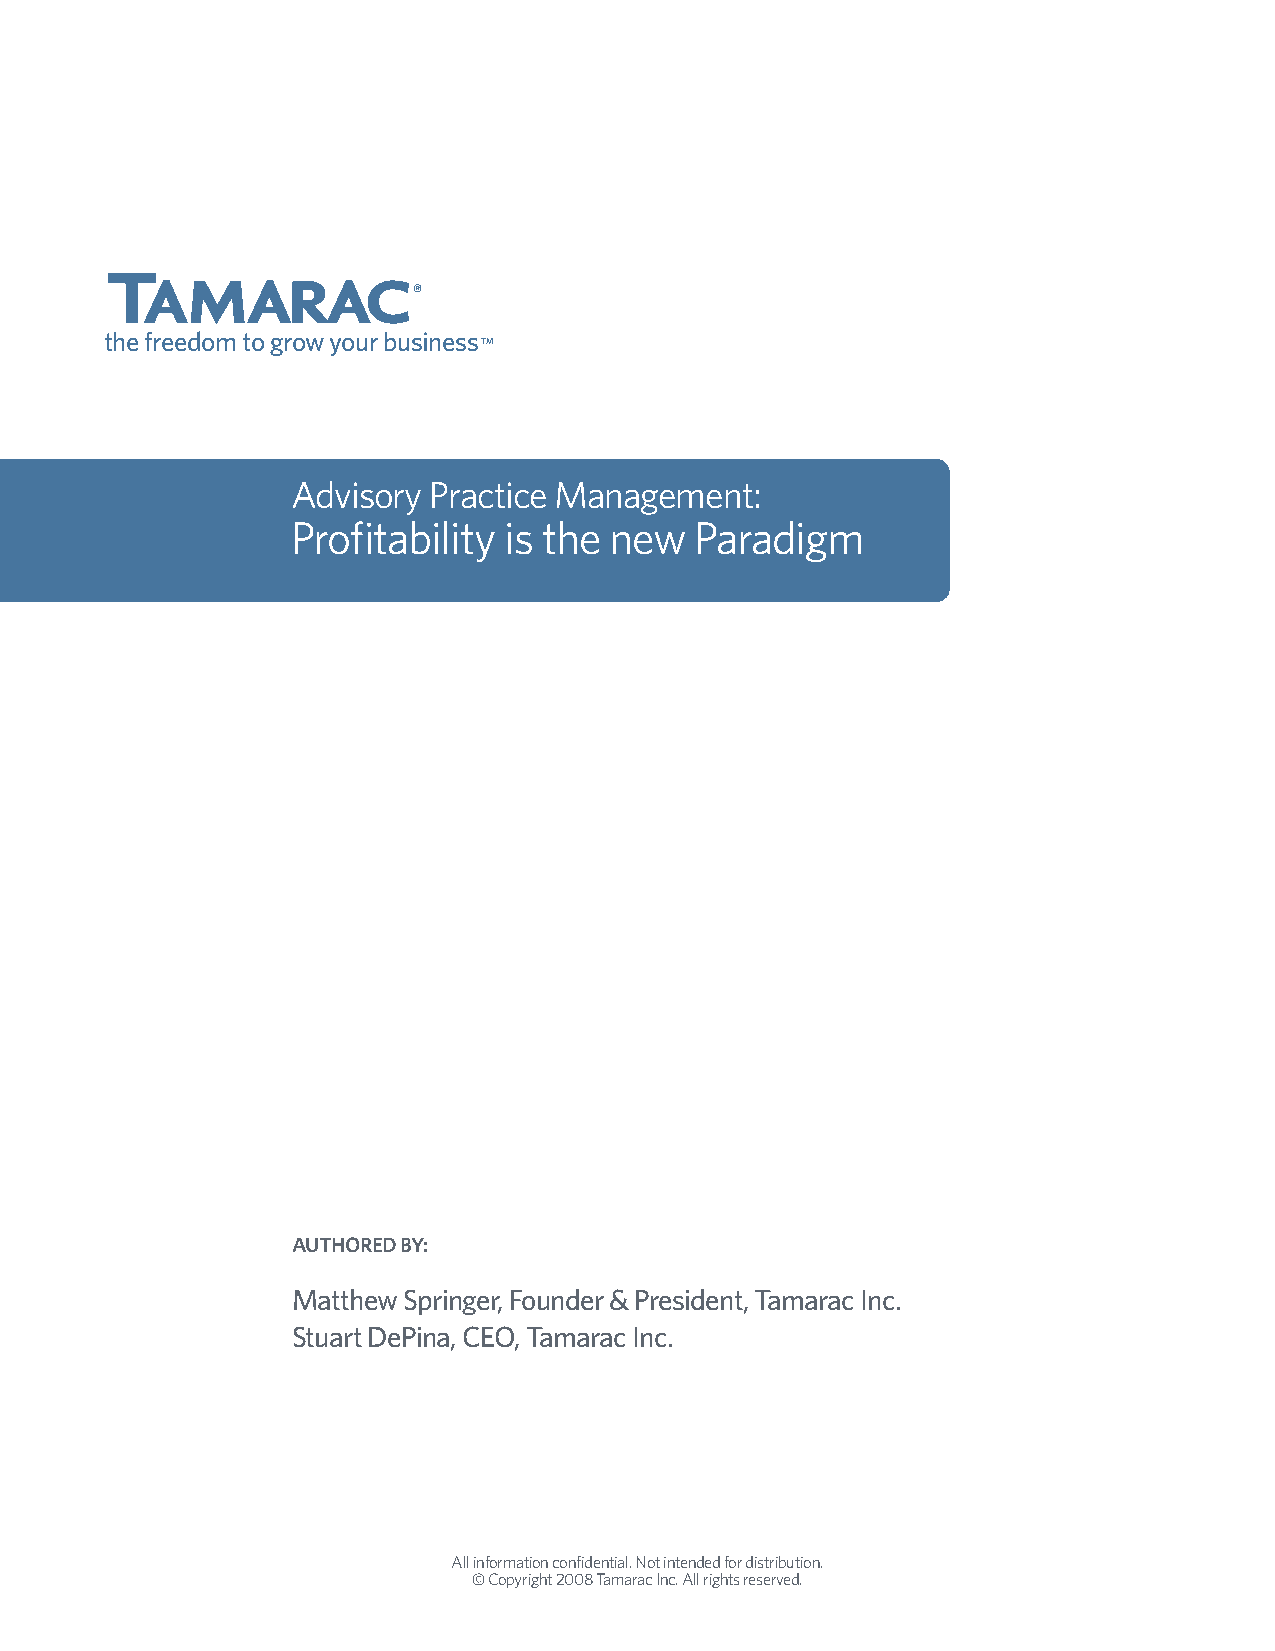
t
 amarac
 ®
 the freedom to grow your business
 TM
 Advisory Practice Management:
 Profitability is the new   Paradigm
 AuThored by:
 Matthew Springer, Founder & President, Tamarac Inc.
 Stuart DePina, CEO, Tamarac Inc.
 All information confidential. Not intended for distribution.
 © Copyright 2008 Tamarac Inc. All rights reserved.